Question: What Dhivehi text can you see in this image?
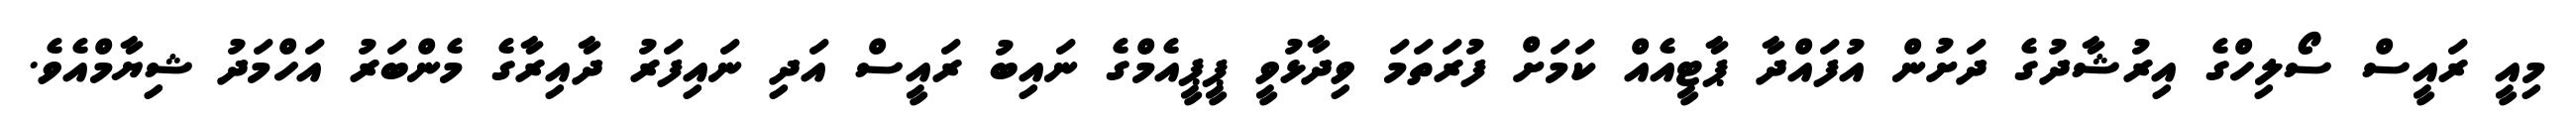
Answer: މިއީ ރައީސް ސޯލިހްގެ އިރުޝާދުގެ ދަށުން އުފައްދާ ޕާޓީއެއް ކަމަށް ފުރަތަމަ ވިދާޅުވީ ޕީޕީއެމްގެ ނައިބު ރައީސް އަދި ނައިފަރު ދާއިރާގެ މެންބަރު އަހްމަދު ޝިޔާމްއެވެ.